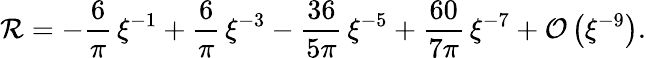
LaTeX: \mathcal{R}=-\frac{6}{\pi}\, \xi^{-1}+\frac{6}{\pi}\, \xi^{-3}-\frac{36}{5\pi}\, \xi^{-5}+\frac{60}{7\pi}\, \xi^{-7}+\mathcal{O}\left(\xi^{-9}\right).